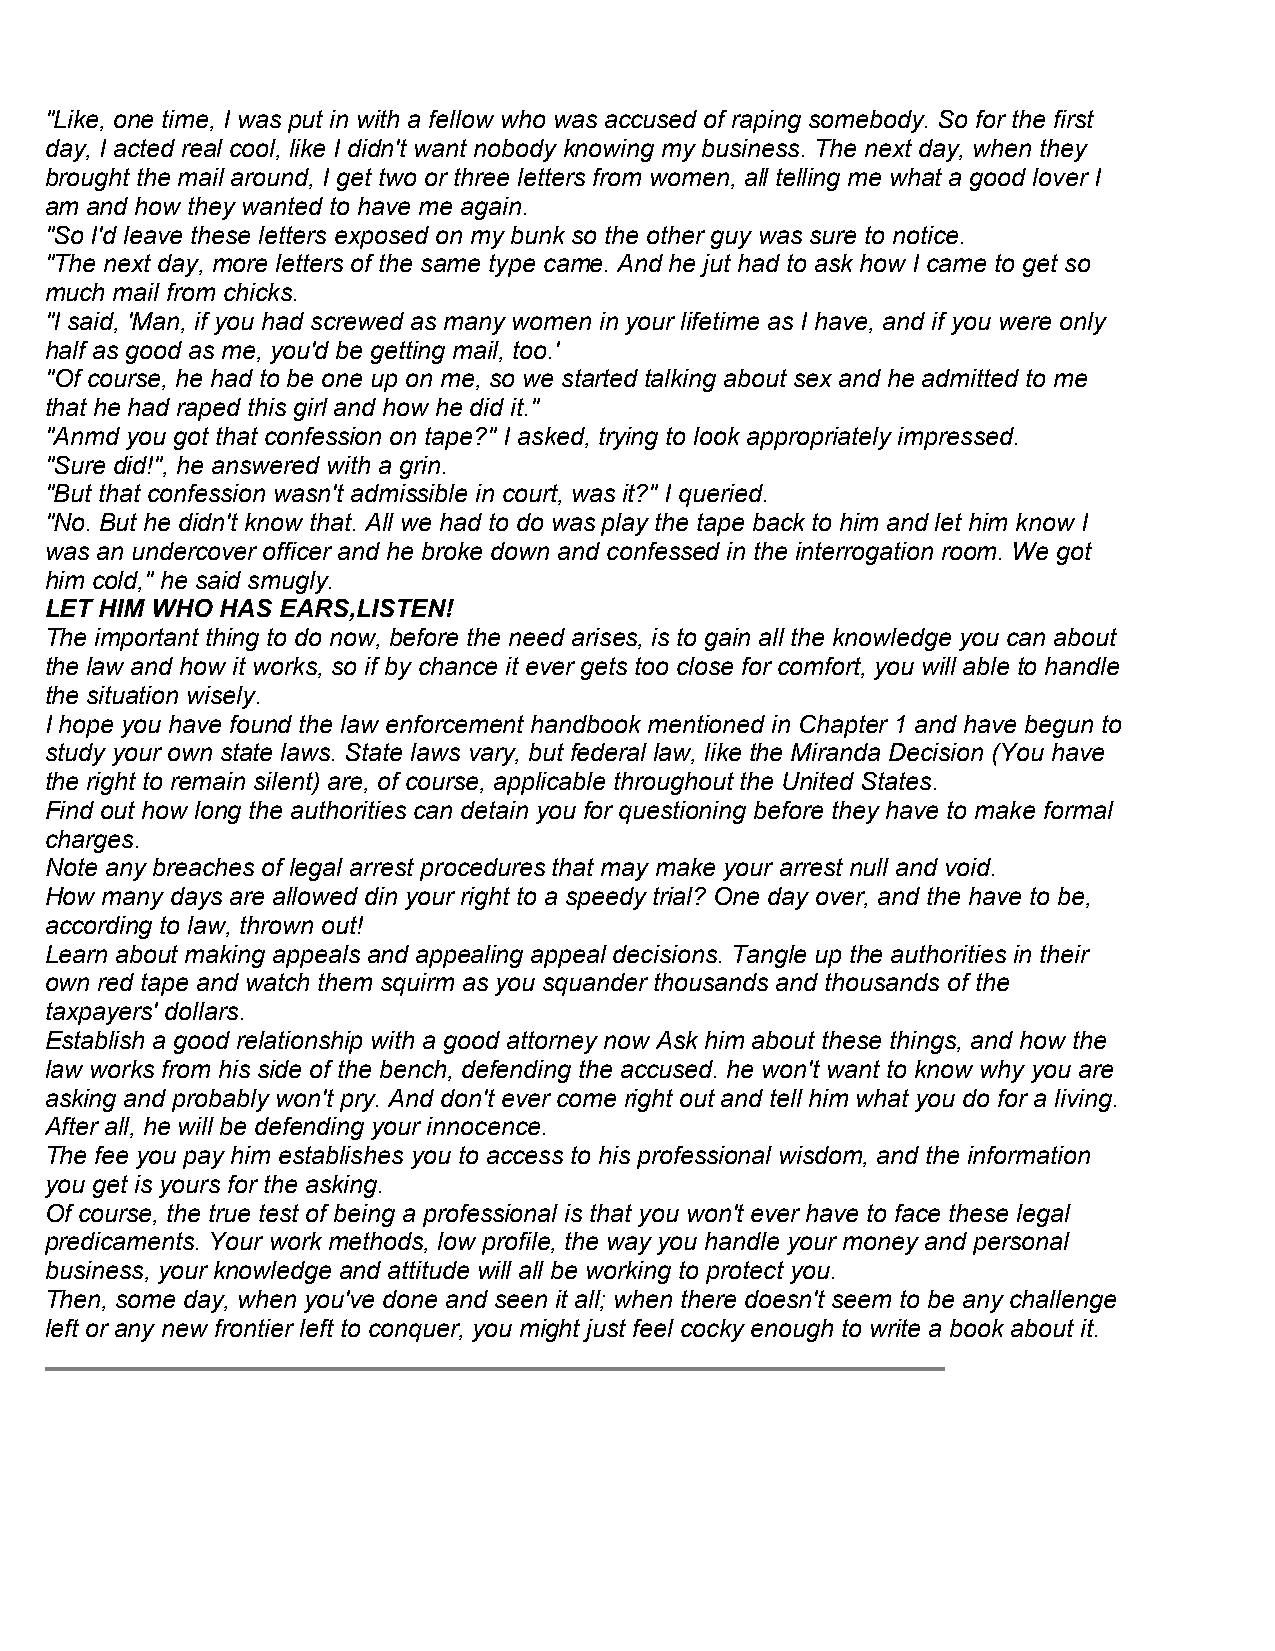
"Like, one time, I was put in with a fellow who was accused of raping somebody. So for the first
 day, I acted real cool, like I didn't want nobody knowing my business. The next day, when they
 brought the mail around, I get two or three letters from women, all telling me what a good lover I
 am and how they wanted to have me again.
 "So I'd leave these letters exposed on my bunk so the other guy was sure to notice.
 "The next day, more letters of the same type came. And he jut had to ask how I came to get so
 much mail from chicks.
 "I said, 'Man, if you had screwed as many women in your lifetime as I have, and if you were only
 half as good as me, you'd be getting mail, too.'
 "Of course, he had to be one up on me, so we started talking about sex and he admitted to me
 that he had raped this girl and how he did it."
 "Anmd you got that confession on tape?" I asked, trying to look appropriately impressed.
 "Sure did!", he answered with a grin.
 "But that confession wasn't admissible in court, was it?" I queried.
 "No. But he didn't know that. All we had to do was play the tape back to him and let him know I
 was an undercover officer and he broke down and confessed in the interrogation room. We got
 him cold," he said smugly.
 LET HIM WHO HAS EARS,LISTEN!
 The important thing to do now, before the need arises, is to gain all the knowledge you can about
 the law and how it works, so if by chance it ever gets too close for comfort, you will able to handle
 the situation wisely.
 I hope you have found the law enforcement handbook mentioned in Chapter 1 and have begun to
 study your own state laws. State laws vary, but federal law, like the Miranda Decision (You have
 the right to remain silent) are, of course, applicable throughout the United States.
 Find out how long the authorities can detain you for questioning before they have to make formal
 charges.
 Note any breaches of legal arrest procedures that may make your arrest null and void.
 How many days are allowed din your right to a speedy trial? One day over, and the have to be,
 according to law, thrown out!
 Learn about making appeals and appealing appeal decisions. Tangle up the authorities in their
 own red tape and watch them squirm as you squander thousands and thousands of the
 taxpayers' dollars.
 Establish a good relationship with a good attorney now Ask him about these things, and how the
 law works from his side of the bench, defending the accused. he won't want to know why you are
 asking and probably won't pry. And don't ever come right out and tell him what you do for a living.
 After all, he will be defending your innocence.
 The fee you pay him establishes you to access to his professional wisdom, and the information
 you get is yours for the asking.
 Of course, the true test of being a professional is that you won't ever have to face these legal
 predicaments. Your work methods, low profile, the way you handle your money and personal
 business, your knowledge and attitude will all be working to protect you.
 Then, some day, when you've done and seen it all; when there doesn't seem to be any challenge
 left or any new frontier left to conquer, you might just feel cocky enough to write a book about it.